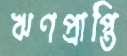
ঋণপ্রাপ্তি